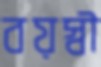
বয়স্বী